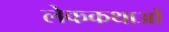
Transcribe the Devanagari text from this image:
लेककथाओं